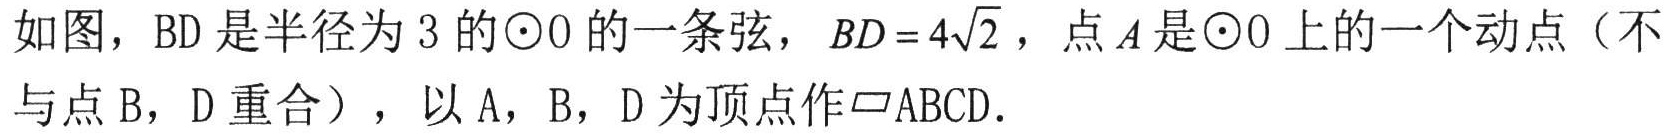
如图，BD 是半径为 3 的\(\odot O\)的一条弦，\(BD = 4\sqrt{2}\)，点\(A\)是\(\odot O\)上的一个动点（不与点 B，D 重合），以 A，B，D 为顶点作\(\square ABCD\)．